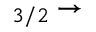
_ { 3 / 2 } \rightarrow